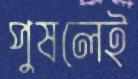
পুষলেই